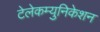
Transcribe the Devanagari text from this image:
टेलेकम्युनिकेशन